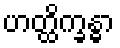
ဟတ္ထိက္ခန္ဓာ